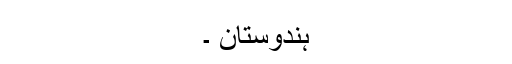
ہندوستان ۔